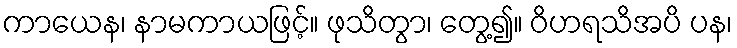
ကာယေန၊ နာမကာယဖြင့်။ ဖုသိတွာ၊ တွေ့၍။ ဝိဟရသိအပိ ပန၊